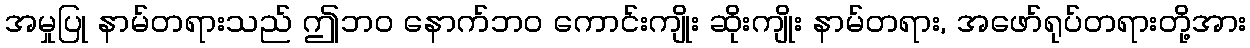
အမှုပြု နာမ်တရားသည် ဤဘဝ နောက်ဘဝ ကောင်းကျိုး ဆိုးကျိုး နာမ်တရား, အဖော်ရုပ်တရားတို့အား